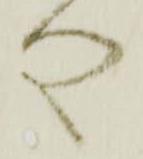
や